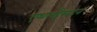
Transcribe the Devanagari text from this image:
एथलहैम्पटन